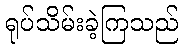
ရုပ်သိမ်းခဲ့ကြသည်